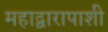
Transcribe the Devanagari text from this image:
महाद्वारापाशी